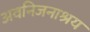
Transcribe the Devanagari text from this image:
अवनिजनाश्रय